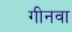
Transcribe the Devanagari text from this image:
गीनवा